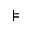
\models